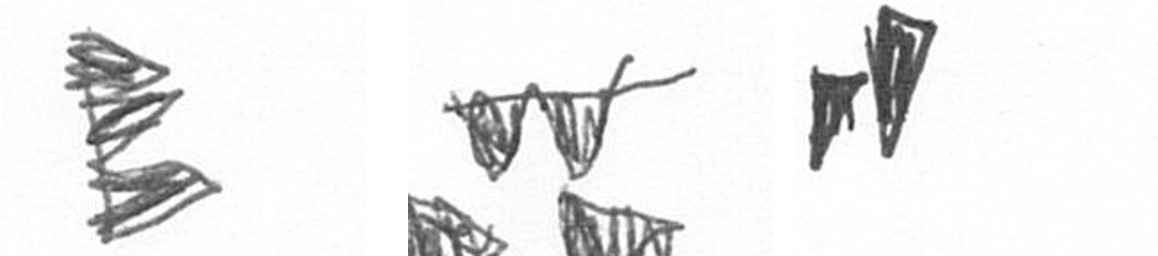
H B M